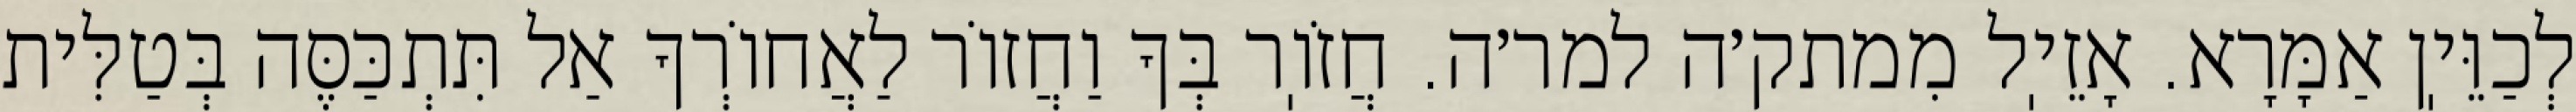
לְכַוֵּיֽן אַמָּרָא. אָזֵיֽל מִמתק׳ה למר׳ה. חֲזֹוֽר בְּךָ וַחֲזוֹר לַאֲחוֹרְךָ אַל תִּתְכַּסֶּה בְּטַלִּית